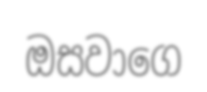
ඔසවාගෙ